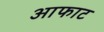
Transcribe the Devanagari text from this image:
आफाट